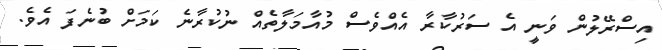
އިސްރޭލުން ވަނީ އެ ސަރުކާރާ އެއްވެސް މުއާމަލާތެއް ނުކުރާނެ ކަމަށް ބުނެފަ އެވެ.